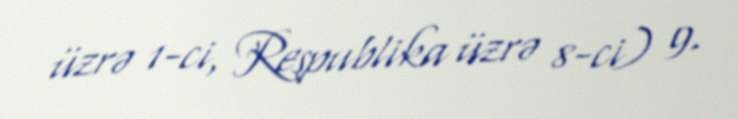
üzrə 1-ci, Respublika üzrə 8-ci) 9.